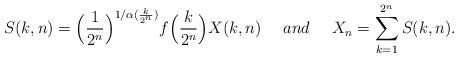
LaTeX: \begin{align*} S(k,n)=\Big(\frac{1}{2^n}\Big)^{1/\alpha(\frac{k}{2^n})} f\Big(\frac{k}{2^n}\Big) X(k,n) \ \ \ \ and \ \ \ \ X_n = \sum_{k=1}^{ 2^n } S(k,n) .\end{align*}